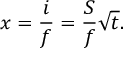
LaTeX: x = { \frac { i } { f } } = { \frac { S } { f } } { \sqrt { t } } .